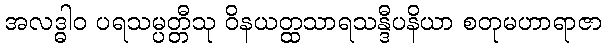
အလဒ္ဓါဝ ပရသမ္ပတ္တီသု ဝိနယတ္ထသာရသန္ဒီပနိယာ စတုမဟာရာဇာ